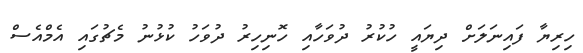
ހިރިޔާ ފައިނަލަށް ދިޔައީ ހުކުރު ދުވަހާއި ހޮނިހިރު ދުވަހު ކުޅުނު މެޗުގައި އެމްއެސް